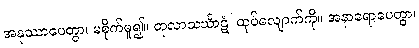
အနုဿာပေတွာ၊ မစိုက်မူ၍။ တုလာသင်္ဃာဋံ၊ ထုပ်လျောက်ကို။ အနာရောပေတွာ၊